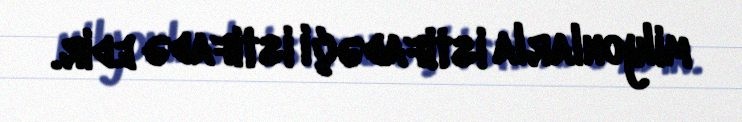
milyonlarla istifadəçi istifadə edir.